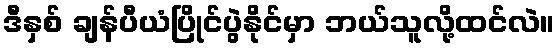
ဒီနှစ် ချန်ပီယံပြိုင်ပွဲနိုင်မှာ ဘယ်သူလို့ထင်လဲ။